Vaccination in Bombay 1889-1901 - 1889-1901
Year: 1889
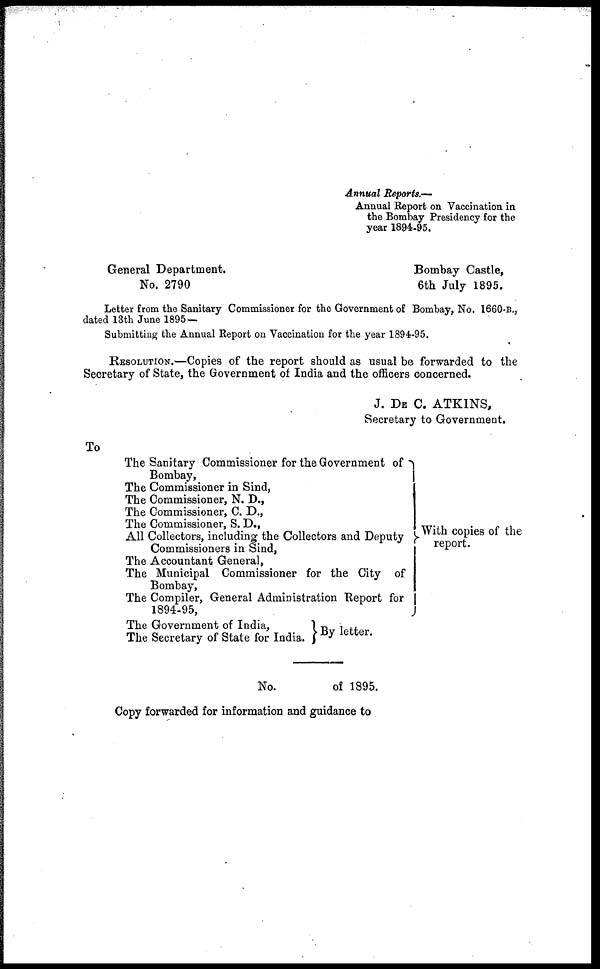
Annual Reports.—
Annual Report on Vaccination in
the Bombay Presidency for the
year 1894-95.
General Department.
Bombay Castle,
No. 2790
6th July 1895.
Letter from the Sanitary Commissioner for the Government of Bombay, No. 1660-B.,
dated 13th June 1895 —
Submitting the Annual Report on Vaccination for the year 1894-95.
RESOLUTION.—Copies of the report should as usual be forwarded to the
Secretary of State, the Government of India and the officers concerned.
J. DE C. ATKINS,
Secretary to Governments
To
The Sanitary Commissioner for the Government of
Bombay,
The Commissioner in Sind,
The Commissioner, N. D.,
The Commissioner, C. D.,
The Commissioner, S. D.,
All Collectors, including the Collectors and Deputy
Commissioners in Sind,
The Accountant General,
The Municipal Commissioner for the City of
Bombay,
The Compiler, General Administration Report for
1894-95,
The Government of India,
The Secretary of State for India. By letter.
With copies of the
report.
No.
of 1895.
Copy forwarded for information and guidance to